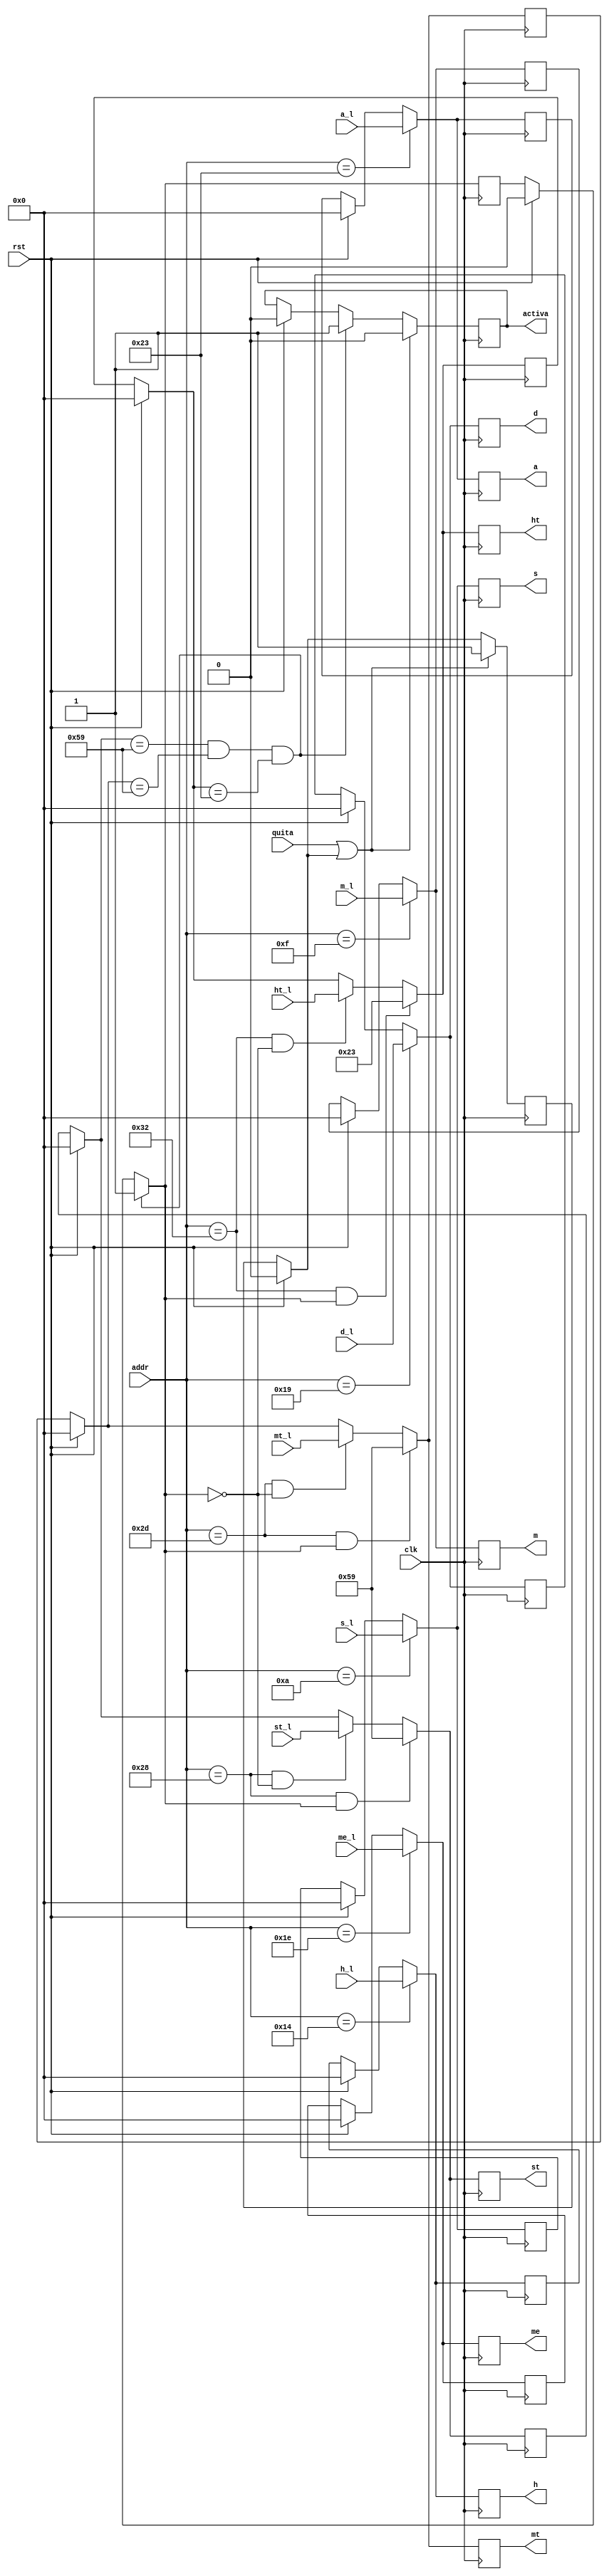
`timescale 1ns / 1ps

module Parametros_desde_RTC(
  input [5:0] addr, 		//Posicion actual de la memoria al leer
  input clk,rst,quita, //quita es la seal que desactiva la alarma
  input [7:0] st_l,mt_l,ht_l,s_l,m_l,h_l,d_l,me_l,a_l, // parametros ledos desde la memoria de lectura
  output reg [7:0] st,mt,ht,s,m,h,d,me,a, //Parametros enviados al picoblaze y a la vga
  output reg activa		//seal de alarma
  );

reg [7:0] tems,temm,temh,temd,temme,tema,temst,temmt,temht;
reg cero,quitat;

always@(posedge clk)begin
	if(rst)begin 
	tems=0;temm=0;temh=0;temd=0;temme=0;tema=0;temst=0;temmt=0;temht=0;cero=0;quitat=0;
	st=temst;mt=temmt;ht=temht;s=tems;m=temm;h=temh;d=temd;me=temme;a=tema;activa=0;end
	else 
  st=temst;mt=temmt;ht=temht;s=tems;m=temm;h=temh;d=temd;me=temme;a=tema;
  if((temst==8'h59)&&(temmt==8'h59)&&(temht==8'h23))begin
		cero=1; activa=1; end
  if(addr==6'd10)begin
     s=s_l;
	  tems=s; end
  if(addr==6'd15)begin
     m=m_l;
	  temm=m; end
  if(addr==6'd20)begin
     h=h_l;
	  temh=h; end
  if(addr==6'd25)begin
     d=d_l;
	  temd=d; end
  if(addr==6'd30)begin
     me=me_l;
	  temme=me;end
  if(addr==6'd35)begin
     a=a_l;
	  tema=a; end
  if((addr==6'd40)&&(cero==0))begin
     st=st_l;
	  temst=st;end
  if((addr==6'd45)&&(cero==0))begin
     mt=mt_l;
	  temmt=mt;end
  if((addr==6'd50)&&(cero==0))begin
     ht=ht_l;
	  temht=ht; end

  if((addr==6'd40)&&(cero==1))begin
     st=8'h59;
	  temst=st;end
  if((addr==6'd45)&&(cero==1))begin
     mt=8'h59;
	  temmt=mt;end
  if((addr==6'd50)&&(cero==1))begin
     ht=8'h23;
	  temht=ht;end
	  
  if((quita==1)||(quitat==1))begin
	  quitat=1;
	  activa=0;end
	
	  
  end
endmodule